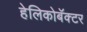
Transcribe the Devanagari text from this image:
हेलिकोबॅक्टर